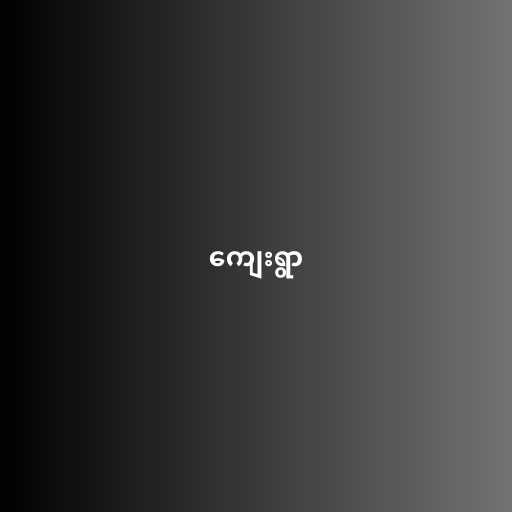
ကျေးရွာ